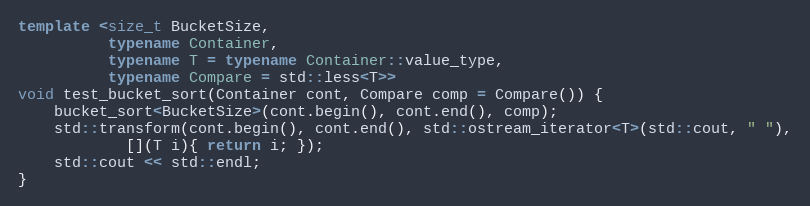
Language: C++
template <size_t BucketSize,
          typename Container,
          typename T = typename Container::value_type,
          typename Compare = std::less<T>>
void test_bucket_sort(Container cont, Compare comp = Compare()) {
    bucket_sort<BucketSize>(cont.begin(), cont.end(), comp);
    std::transform(cont.begin(), cont.end(), std::ostream_iterator<T>(std::cout, " "),
            [](T i){ return i; });
    std::cout << std::endl;
}